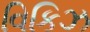
વિકિઝ